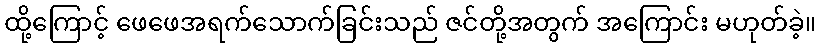
ထို့ကြောင့် ဖေဖေအရက်သောက်ခြင်းသည် ဇင်တို့အတွက် အကြောင်း မဟုတ်ခဲ့။